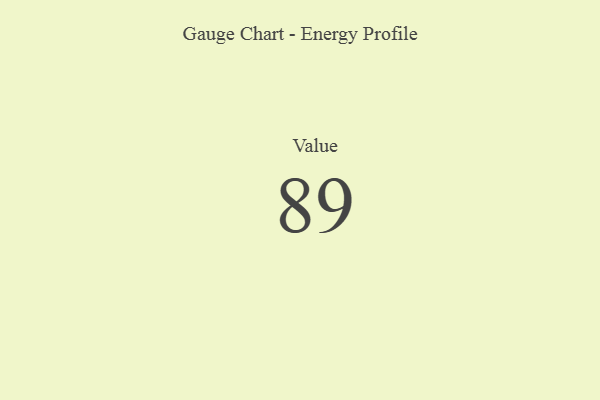
{"axis": {"x": "Metric", "y": "Value"}, "legend": [""], "data": [{"x": "Value", "y": 89, "type": ""}]}